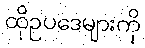
ထိုဥပဒေများကို